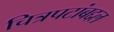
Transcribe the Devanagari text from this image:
चित्रपटांबद्दल